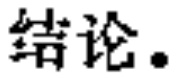
结论.